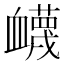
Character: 衊